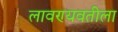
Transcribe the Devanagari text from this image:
लावण्यवतीला